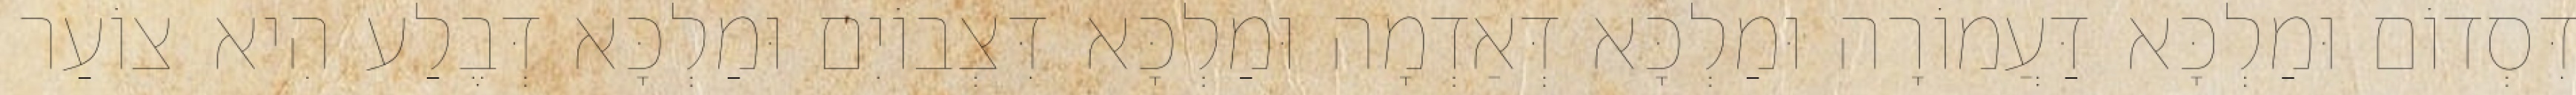
דִּסְדוֹם וּמַלְכָּא דַּעֲמוֹרָה וּמַלְכָּא דְּאַדְמָה וּמַלְכָּא דִּצְבוֹיִם וּמַלְכָּא דְּבֶלַע הִיא צוֹעַר